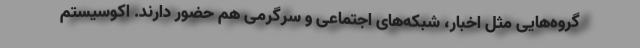
گروه‌هایی مثل اخبار، شبکه‌های اجتماعی و سرگرمی هم حضور دارند. اکوسیستم